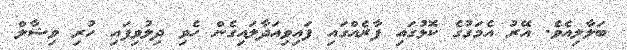
ބަލާލިއެވެ. އޭރު އެމަގުގެ ކޮޅުގައި ފާރެއްގައި ފައިވިއަދާލައިގެން ހެވި ދިލުވިފައި ހުރި ވިޝާލް